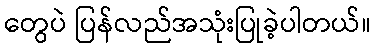
တွေပဲ ပြန်လည်အသုံးပြုခဲ့ပါတယ်။